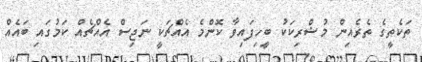
ތަކެތީގެ ތެރެއިން މުޝްރިކަކު ބީހިފައިވާ ކޮންމެ އެއްޗަކީ ނަޖިސް އެއްޗެއް ކަމުގައި ބައެއް